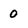
Character: 0